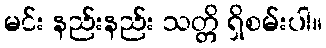
မင်း နည်းနည်း သတ္တိ ရှိစမ်းပါ။